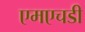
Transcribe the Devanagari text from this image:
एमएचडी